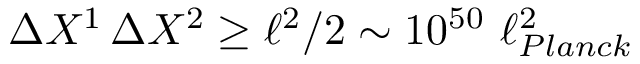
\Delta X ^ { 1 } \, \Delta X ^ { 2 } \ge \ell ^ { 2 } / 2 \sim 1 0 ^ { 5 0 } \, \, \ell _ { P l a n c k } ^ { 2 }